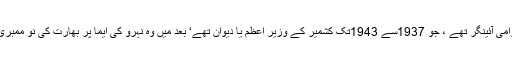
جی پارتھا سارتھی کے والد گوپال سوامی آئینگر تھے ، جو 1937سے 1943تک کشمیر کے وزیر اعظم یا دیوان تھے‘ بعد میں وہ نہرو کی ایما پر بھارت کی نو ممبری آئین ساز کمیٹی کے رکن بھی رہے۔